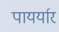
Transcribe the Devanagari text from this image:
पायर्यार